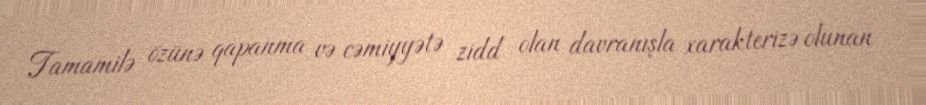
Tamamilə özünə qapanma və cəmiyyətə zidd olan davranışla xarakterizə olunan